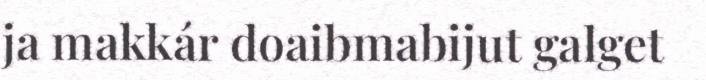
ja makkár doaibmabijut galget